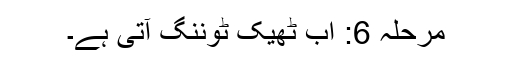
مرحلہ 6: اب ٹھیک ٹوننگ آتی ہے۔